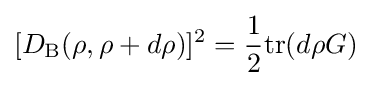
[D_{\text{B}}(\rho ,\rho +d\rho )]^{2}={\frac {1}{2}}{\mbox{tr}}(d\rho G)